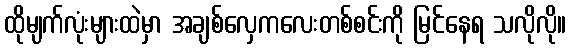
ထိုမျက်လုံးများထဲမှာ အချစ်လှေကလေးတစ်စင်းကို မြင်နေရ သလိုလို။